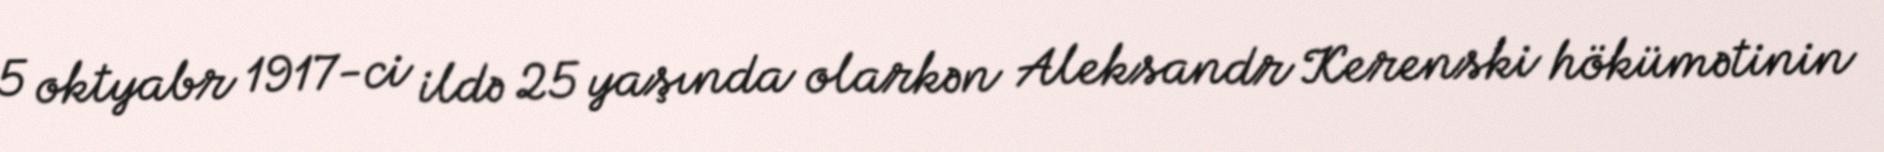
5 oktyabr 1917-ci ildə 25 yaşında olarkən Aleksandr Kerenski hökümətinin